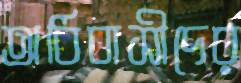
অধিবাসীদের